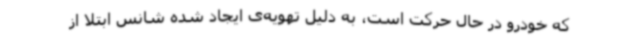
که خودرو در حال حرکت است، به دلیل تهویه‌ی ایجاد شده شانس ابتلا از